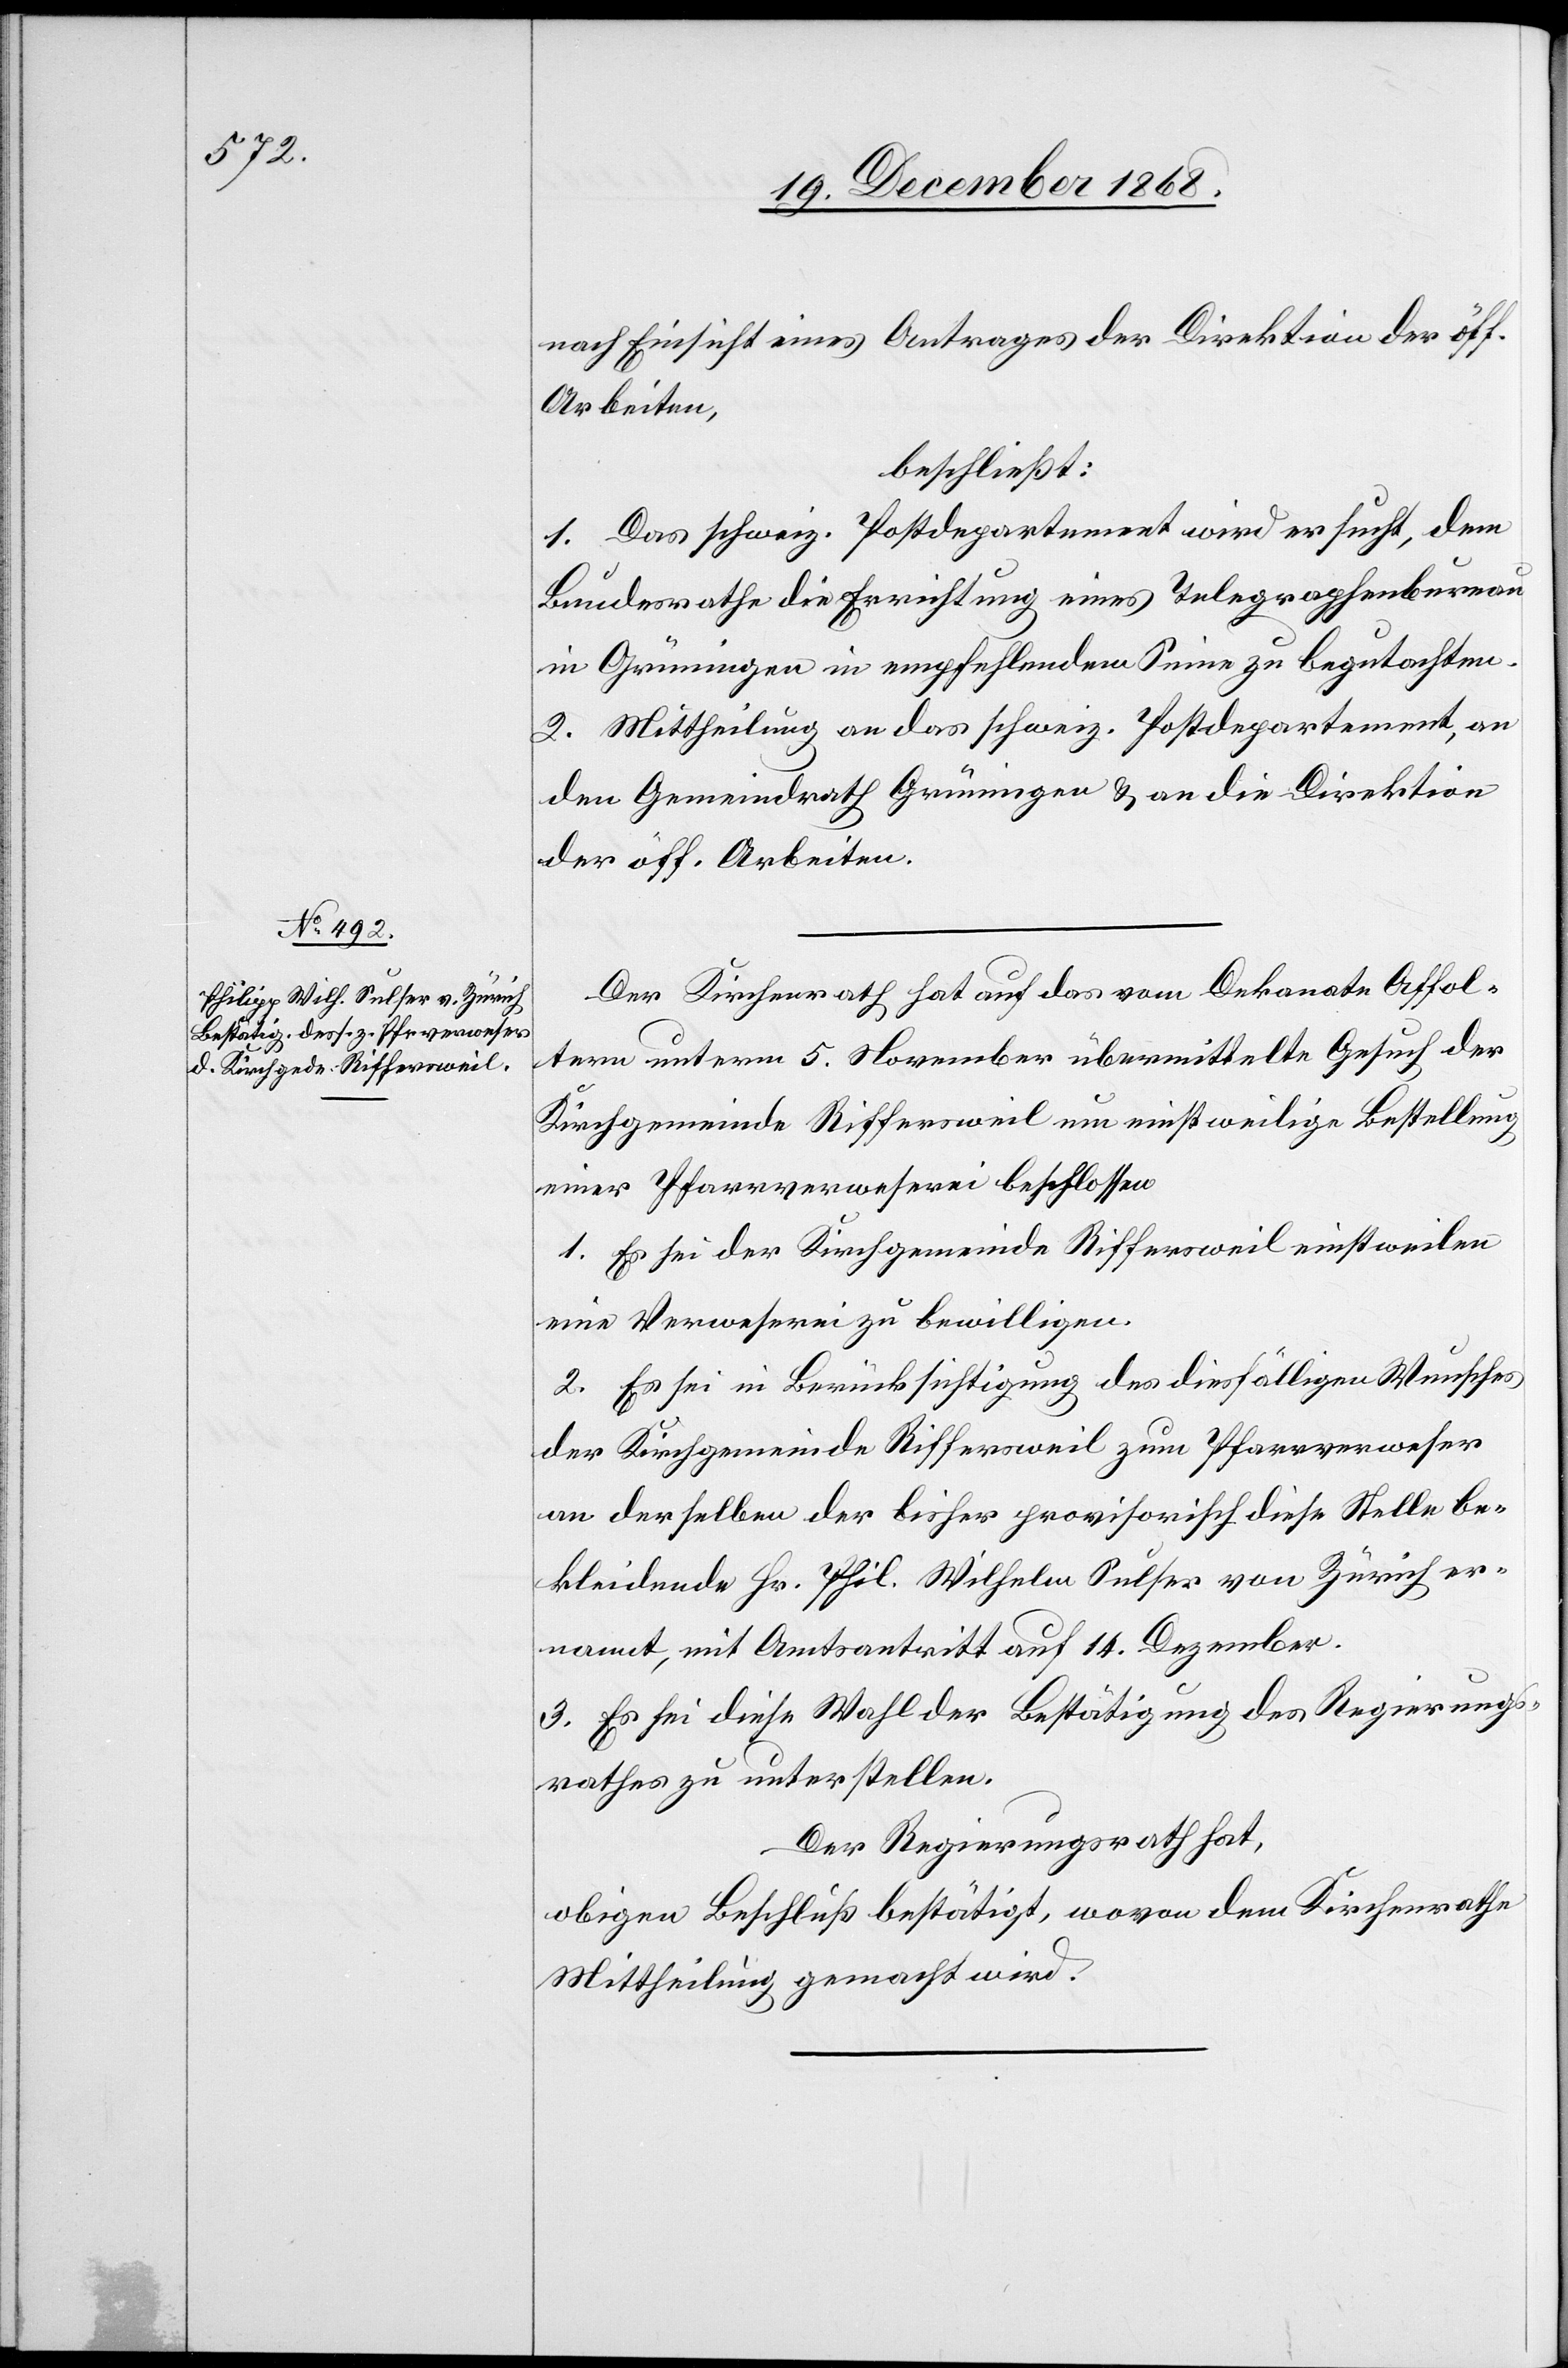
nach Einsicht eines Antrages der Direktion der öff.
Arbeiten,
beschließt:
1. Das schweiz. Postdepartement wird ersucht, dem
Bundesrathe die Errichtung eines Telegraphenbureau
in Grüningen in empfehlendem Sinne zu begutachten.
2. Mittheilung an das schweiz. Postdepartement, an
den Gemeindrath Grüningen & an die Direktion
der öff. Arbeiten.
Der Kirchenrath hat auf das vom Dekanate Affol¬
tern unterm 5. November übermittelte Gesuch der
Kirchgemeinde Riffersweil um einstweilige Bestellung
einer Pfarrverweserei beschlossen
1. Es sei der Kirchgemeinde Riffersweil einstweilen
eine Verweserei zu bewilligen.
2. Es sei in Berücksichtigung des diesfälligen Wunsches
der Kirchgemeinde Riffersweil zum Pfarrverweser
an derselben der bisher provisorisch diese Stelle be¬
kleidende Hr. Phil. Wilhelm Sulser von Zürich er¬
nannt, mit Amtsantritt auf 14. Dezember.
3. Es sei diese Wahl der Bestätigung des Regierungs¬
rathes zu unterstellen.
Der Regierungsrath hat,
obigen Beschluß bestätigt, wovon dem Kirchenrathe
Mittheilung gemacht wird.